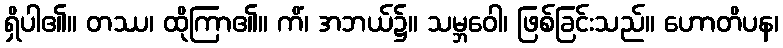
ရှိပါ၏။ တဿ၊ ထိုကြာ၏။ ကိံ၊ အဘယ်၌။ သမ္ဘဝေါ၊ ဖြစ်ခြင်းသည်။ ဟောတိပန၊